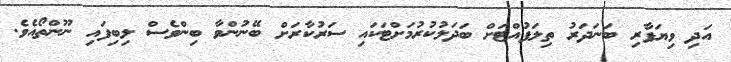
އަދި ވިޔަފާރި ބަނަދަރު ތިލަފުއްޓަށް ބަދަލުކުރުމަށްޓަކައި ސަރުކާރަށް ބޭނުންވާ ބިންވެސް ލިބިފައި ނޫންތޯއެވެ.